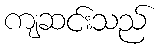
ကျဆင်းသည်